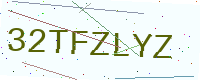
Text: 32TFZLYZ